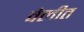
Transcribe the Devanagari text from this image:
वेलीत